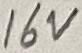
Text: 16V